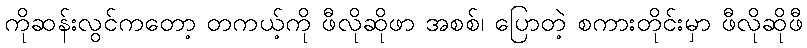
ကိုဆန်းလွင်ကတော့ တကယ့်ကို ဖီလိုဆိုဖာ အစစ်၊ ပြောတဲ့ စကားတိုင်းမှာ ဖီလိုဆိုဖီ